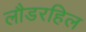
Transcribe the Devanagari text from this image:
लौडरहिल